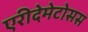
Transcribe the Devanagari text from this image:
एरीदेमेटोसस